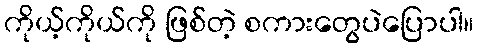
ကိုယ့်ကိုယ်ကို ဖြစ်တဲ့ စကားတွေပဲပြောပါ။